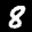
Label: 8